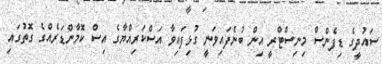
ސައުދީގެ ޑިފެންސް މިނިސްޓްރީ އިން ބުނެފައިވަނީ ގުޅިފައިވާ އަސްކަރިއްޔާގެ އިސް ކޮމާންޑަރެއްގެ ގޮތުގައި